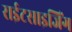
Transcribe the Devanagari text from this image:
राईटसाइजिंग